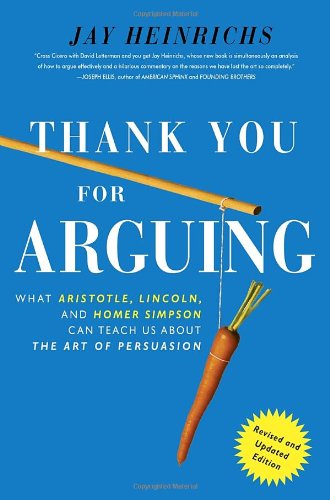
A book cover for Thank You For Arguing, Revised and Updated Edition: What Aristotle, Lincoln, And Homer Simpson Can Teach Us About the Art of Persuasion; Jay Heinrichs; Humor & Entertainment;